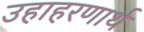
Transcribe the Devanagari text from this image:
उहाहरणार्थ